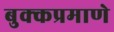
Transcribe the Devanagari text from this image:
बुक्कप्रमाणे